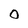
Character: O